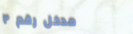
مدخل رقم ٢